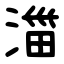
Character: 湽